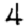
Digit: 4